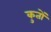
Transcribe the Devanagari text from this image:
कुतों